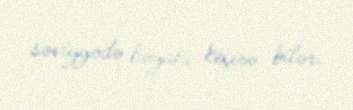
səviyyədə həyata keçirə bilər.